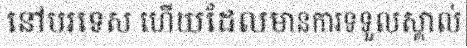
នៅបរទេស ហើយដែលមានការទទួលស្គាល់